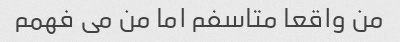
من واقعا متاسفم اما من می فهمم